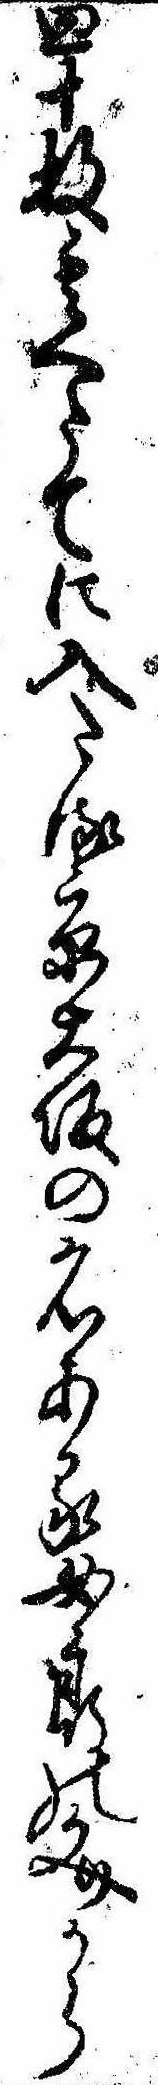
皿十枚其へたてに入たる京大坂の名ある女郎の文から